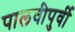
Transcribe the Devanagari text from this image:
पालवीपुर्वी